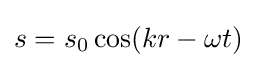
s=s_{0}\cos(kr-\omega t)\,\!